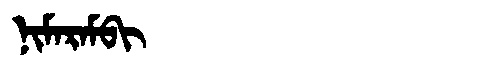
Manchu: ᠨᡳᠮᠠᡵᠠᠮᠪᡳ
Romanization: NIMARAMBI